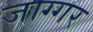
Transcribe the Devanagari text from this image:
जाग्गर